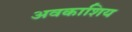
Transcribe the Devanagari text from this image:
अवकाशिय